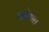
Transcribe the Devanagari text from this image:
फोगत